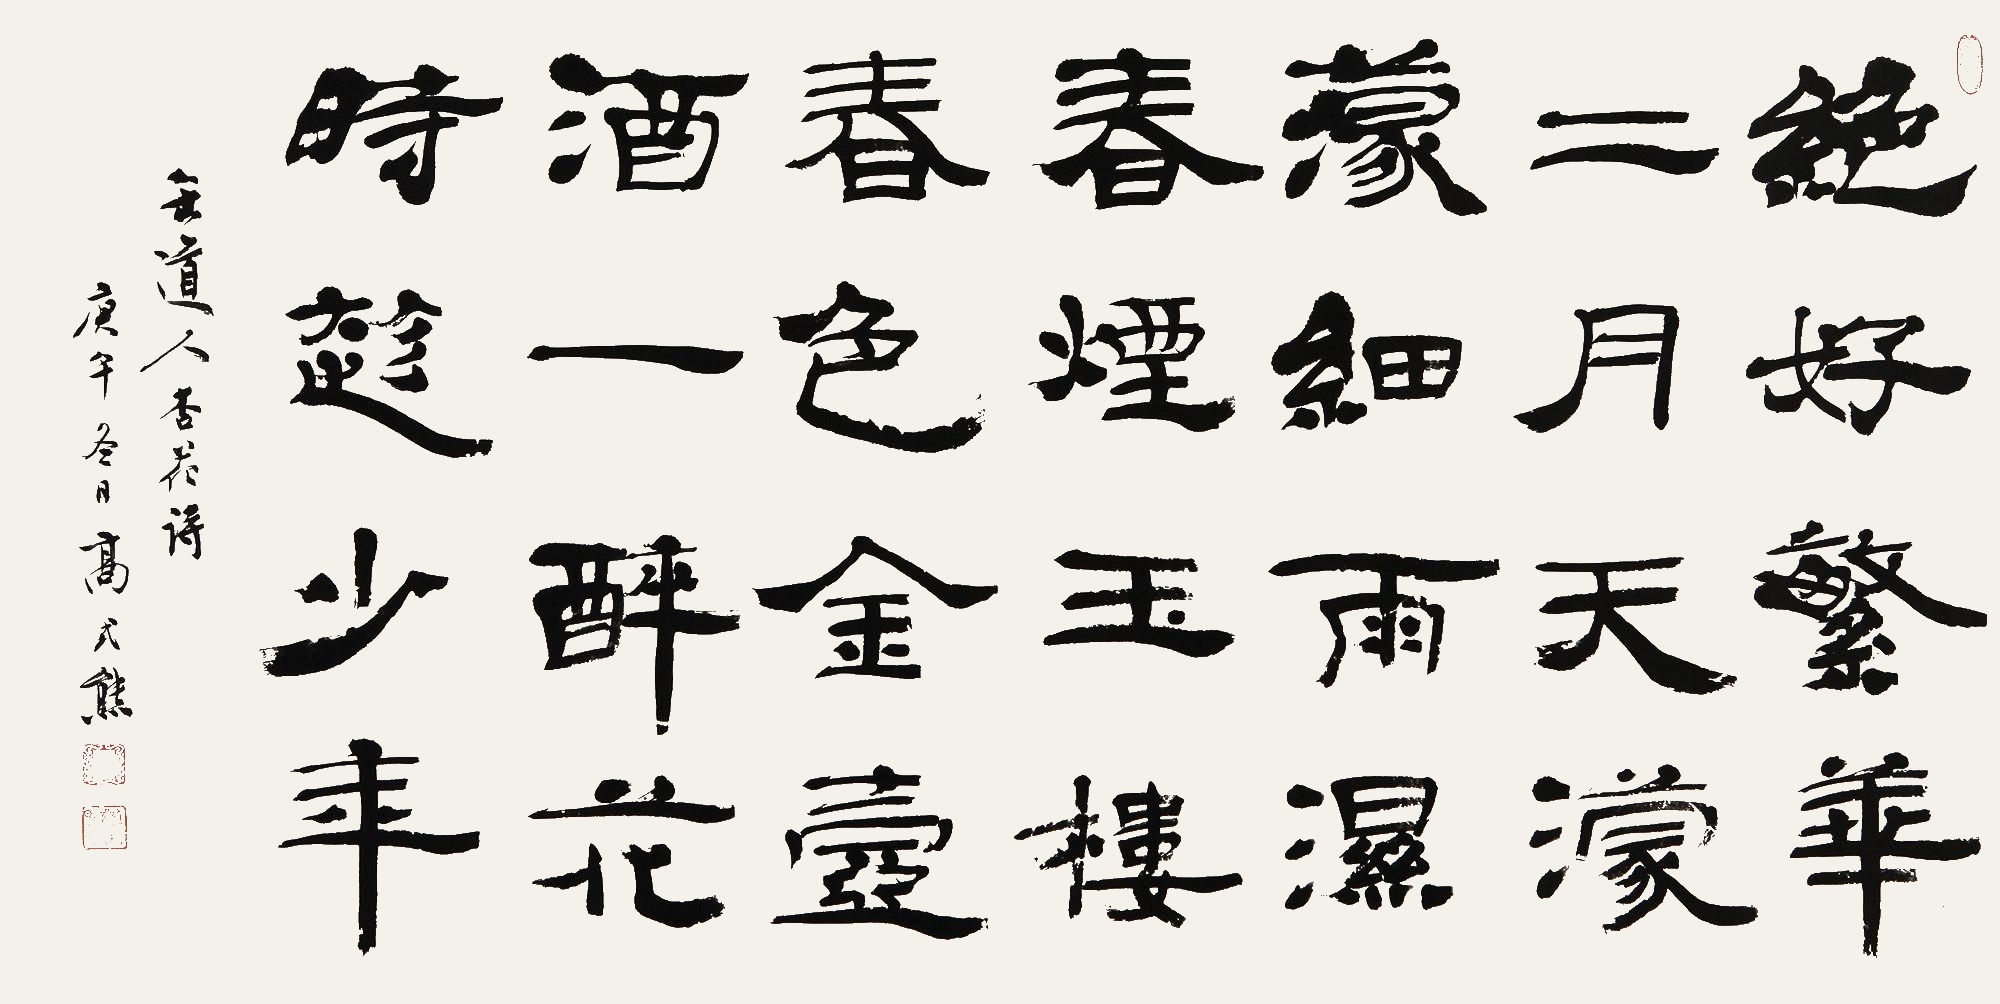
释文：绝好繁华二月天，蒙蒙细雨湿春烟。玉楼春色金壶酒，一醉花时趁少年。缶道人《杏花诗》，庚午（1990年）冬日，高士熊。